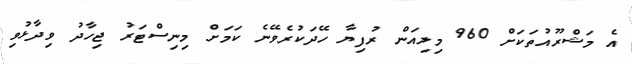
އެ މަޝްރޫއުތަކަށް 960 މިލިއަން ރުފިޔާ ހޭދަކުރެވޭނެ ކަމަށް މިނިސްޓަރު ޖިހާދު ވިދާޅުވި